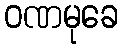
ဝဏမုခေ